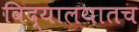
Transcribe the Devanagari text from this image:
विद्यालयातच